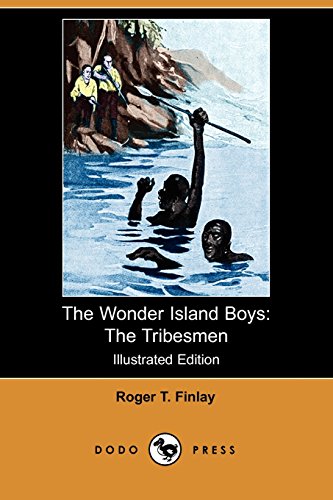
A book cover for The Wonder Island Boys: The Tribesmen (Illustrated Edition) (Dodo Press); Roger T. Finlay; Teen & Young Adult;